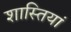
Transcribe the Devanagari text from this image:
शास्तियां